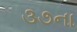
૩૭ના